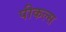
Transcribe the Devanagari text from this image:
पीकल्स